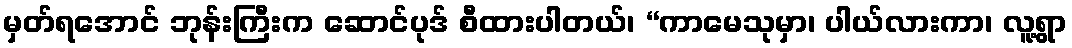
မှတ်ရအောင် ဘုန်းကြီးက ဆောင်ပုဒ် စီထားပါတယ်၊ “ကာမေသုမှာ၊ ပါယ်လားကာ၊ လူ့ရွာ